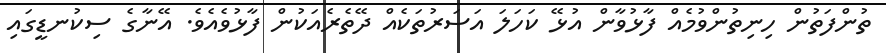
ތުންފަތުން ހިނިތުންވުމެއް ފާޅުވާން އުޅޭ ކަހަލަ އަސަރުތަކެއް ދޭތެރެއަކުން ފާޅުވެއެވެ. އޭނާގެ ސިކުނޑީގައި